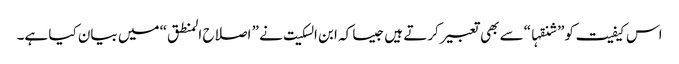
اس کیفیت کو” شنقہا“سے بھی تعبیر کرتے ہیں جیسا کہ ابن السکیت نے ” اصلاح المنطق“ میں بیان کیا ہے۔